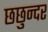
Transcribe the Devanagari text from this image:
छछुन्दर